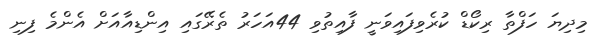
މިދިޔަ ހަފްތާ ރިކޯޑް ކުރެވިފައިވަނީ ފާއިތުވި 44އަހަރު ތެރޭގައި އިންޑިއާއަށް އެންމެ ފިނި